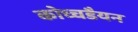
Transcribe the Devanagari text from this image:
कोच्चडैयन